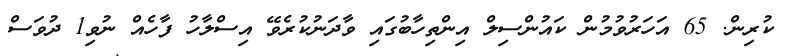
ކުރިން. 65 އަހަރުވުމުން ކައުންސިލް އިންތިހާބުގައި ވާދަނުކުރެވޭ އިސްލާހު ފާހެއް ނުވި1 ދުވަސް